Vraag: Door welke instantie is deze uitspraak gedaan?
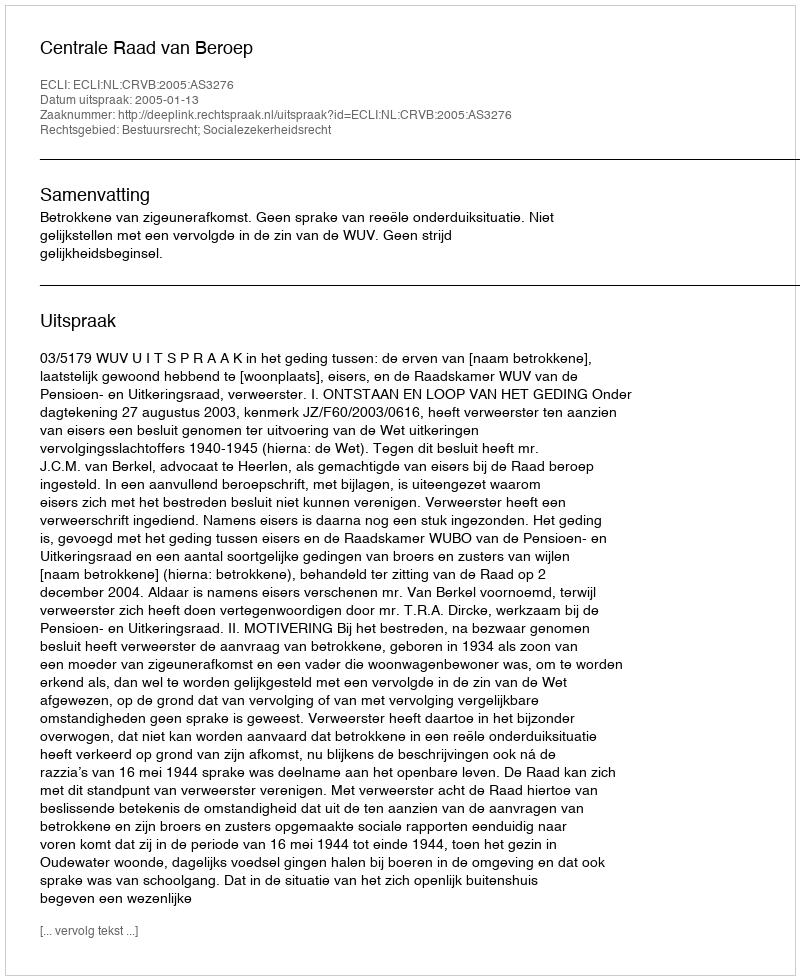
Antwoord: Centrale Raad van Beroep